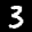
Digit: 3